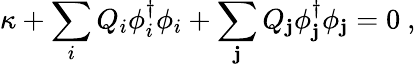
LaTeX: \kappa+\sum_{i}Q_{i}\phi_{i}^{\dagger}\phi_{i}+\sum_{\mathbf{j}}Q_{\mathbf{j}}\phi_{\mathbf{j}}^{\dagger}\phi_{\mathbf{j}}=0\ ,